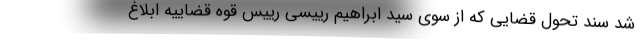
شد سند تحول قضایی که از سوی سید ابراهیم رییسی رییس قوه قضاییه ابلاغ